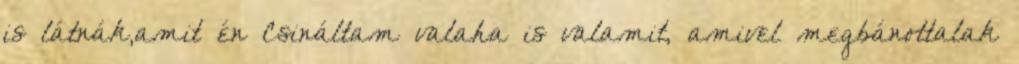
is látnák,amit én Csináltam valaha is valamit, amivel megbánottalak